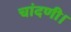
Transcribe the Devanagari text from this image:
चांदणी।